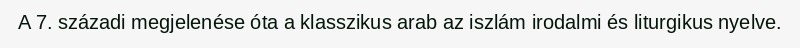
A 7. századi megjelenése óta a klasszikus arab az iszlám irodalmi és liturgikus nyelve.